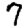
Digit: 7